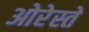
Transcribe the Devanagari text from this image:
ओरेस्ते